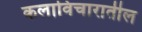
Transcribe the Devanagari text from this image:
कलाविचारातील